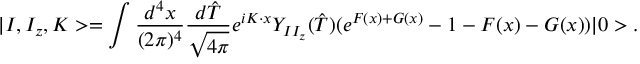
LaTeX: | I , I _ { z } , K > = \int \frac { d ^ { 4 } x } { ( 2 \pi ) ^ { 4 } } \frac { d \hat { T } } { \sqrt { 4 \pi } } e ^ { i K \cdot x } Y _ { I I _ { z } } ( \hat { T } ) ( e ^ { F ( x ) + G ( x ) } - 1 - F ( x ) - G ( x ) ) | 0 > .